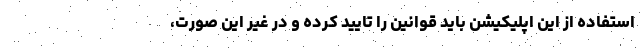
استفاده از این اپلیکیشن باید قوانین را تایید کرده و در غیر این صورت،